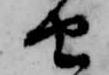
由